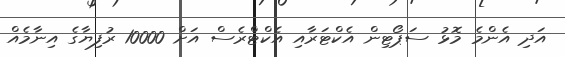
އަދި އެންމެ މޮޅު ސަޕޯޓިން އެކްޓަރާއި އެކްޓްރެސް އަށް 10000 ރުފިޔާގެ އިނާމެއް